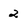
Character: 2